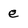
Character: e